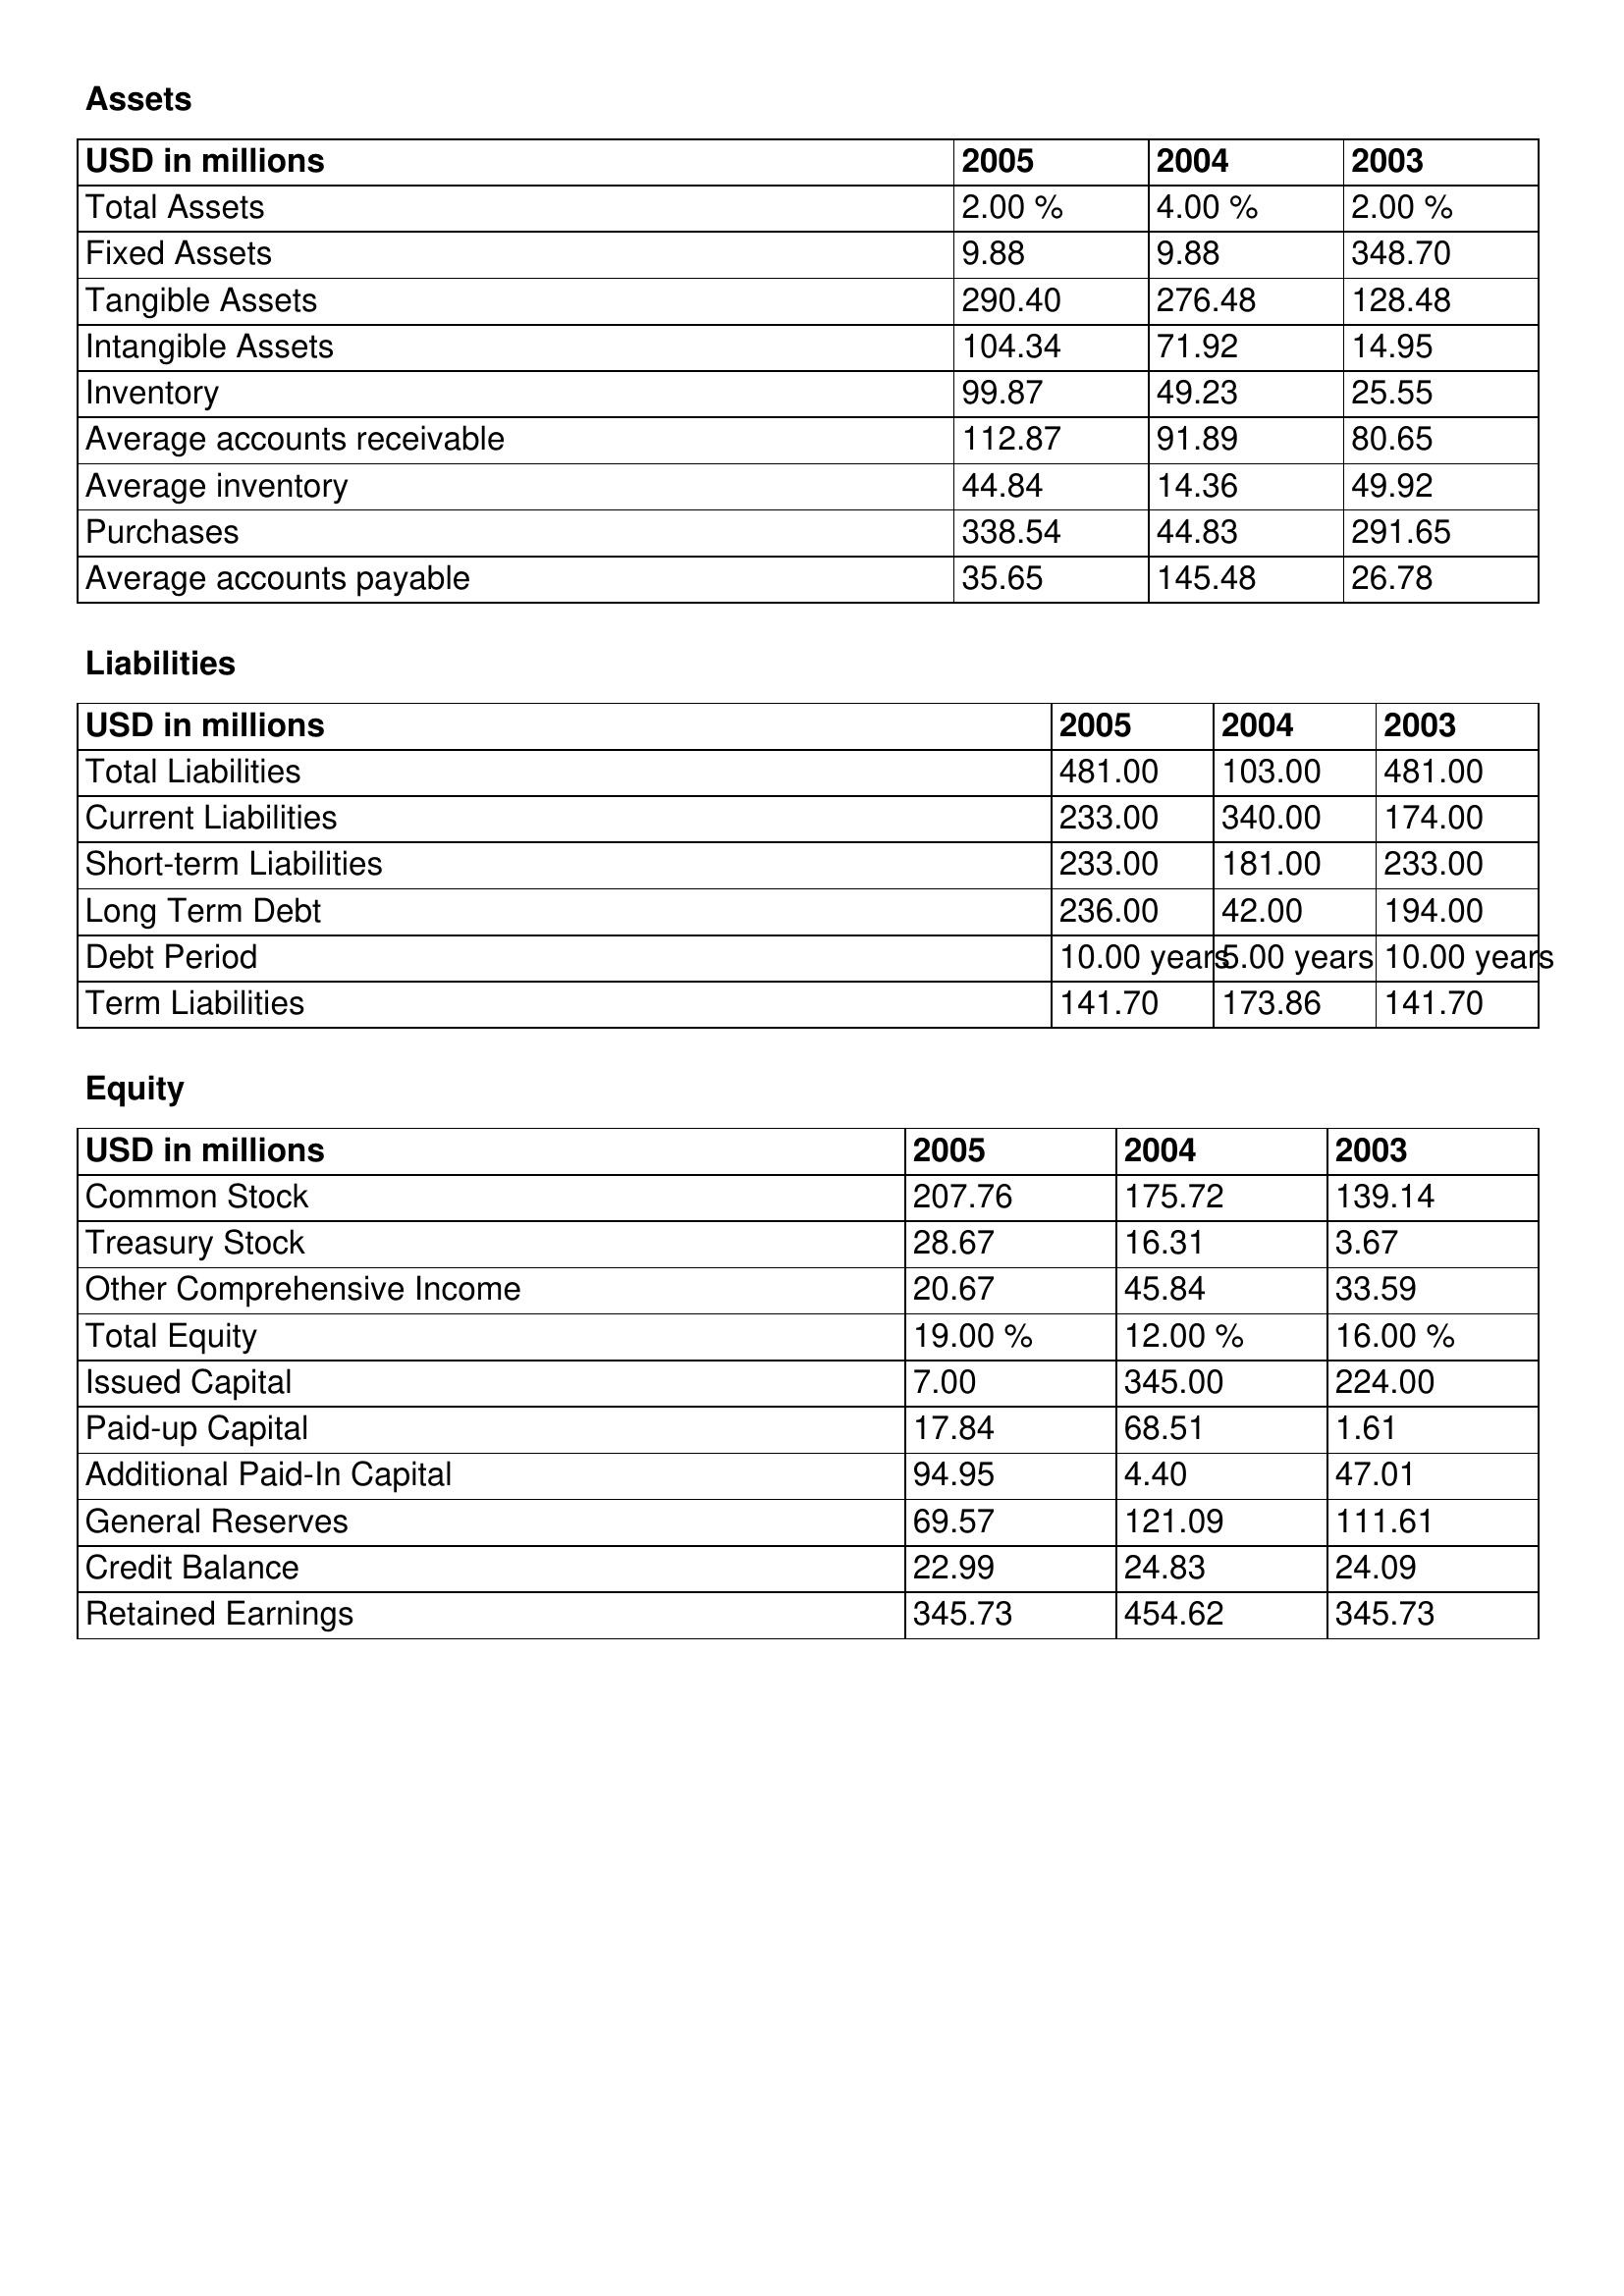
gt_parse: 2005: Assets: Total Assets: 2.00 %
Fixed Assets: 9.88
Tangible Assets: 290.40
Intangible Assets: 104.34
Inventory: 99.87
Average accounts receivable: 112.87
Average inventory: 44.84
Purchases: 338.54
Average accounts payable: 35.65
Liabilities: Total Liabilities: 481.00
Current Liabilities: 233.00
Short-term Liabilities: 233.00
Long Term Debt: 236.00
Debt Period: 10.00 years
Term Liabilities: 141.70
Equity: Common Stock: 207.76
Treasury Stock: 28.67
Other Comprehensive Income: 20.67
Total Equity: 19.00 %
Issued Capital: 7.00
Paid-up Capital: 17.84
Additional Paid-In Capital: 94.95
General Reserves: 69.57
Credit Balance: 22.99
Retained Earnings: 345.73
2004: Assets: Total Assets: 4.00 %
Fixed Assets: 9.88
Tangible Assets: 276.48
Intangible Assets: 71.92
Inventory: 49.23
Average accounts receivable: 91.89
Average inventory: 14.36
Purchases: 44.83
Average accounts payable: 145.48
Liabilities: Total Liabilities: 103.00
Current Liabilities: 340.00
Short-term Liabilities: 181.00
Long Term Debt: 42.00
Debt Period: 5.00 years
Term Liabilities: 173.86
Equity: Common Stock: 175.72
Treasury Stock: 16.31
Other Comprehensive Income: 45.84
Total Equity: 12.00 %
Issued Capital: 345.00
Paid-up Capital: 68.51
Additional Paid-In Capital: 4.40
General Reserves: 121.09
Credit Balance: 24.83
Retained Earnings: 454.62
2003: Assets: Total Assets: 2.00 %
Fixed Assets: 348.70
Tangible Assets: 128.48
Intangible Assets: 14.95
Inventory: 25.55
Average accounts receivable: 80.65
Average inventory: 49.92
Purchases: 291.65
Average accounts payable: 26.78
Liabilities: Total Liabilities: 481.00
Current Liabilities: 174.00
Short-term Liabilities: 233.00
Long Term Debt: 194.00
Debt Period: 10.00 years
Term Liabilities: 141.70
Equity: Common Stock: 139.14
Treasury Stock: 3.67
Other Comprehensive Income: 33.59
Total Equity: 16.00 %
Issued Capital: 224.00
Paid-up Capital: 1.61
Additional Paid-In Capital: 47.01
General Reserves: 111.61
Credit Balance: 24.09
Retained Earnings: 345.73